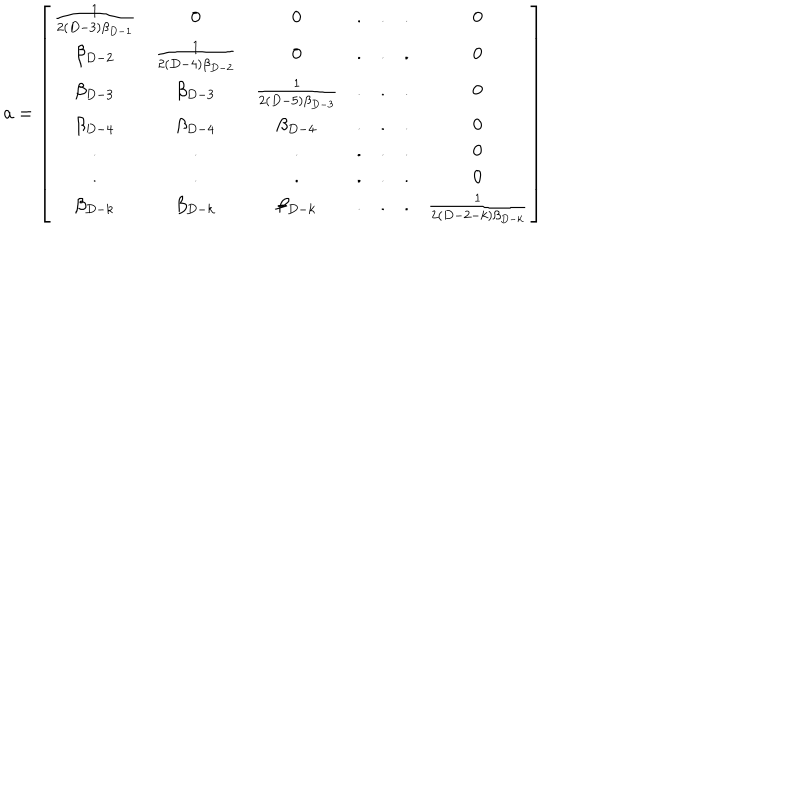
{ \bf a } = \left[ \begin{array} { c c c c c c c } { { \frac { 1 } { 2 ( D - 3 ) \beta _ { D - 1 } } } } & { { 0 } } & { { 0 } } & { { . } } & { { . } } & { { . } } & { { 0 } } \\ { { \beta _ { D - 2 } } } & { { \frac { 1 } { 2 ( D - 4 ) \beta _ { D - 2 } } } } & { { 0 } } & { { . } } & { { . } } & { { . } } & { { 0 } } \\ { { \beta _ { D - 3 } } } & { { \beta _ { D - 3 } } } & { { \frac { 1 } { 2 ( D - 5 ) \beta _ { D - 3 } } } } & { { . } } & { { . } } & { { . } } & { { 0 } } \\ { { \beta _ { D - 4 } } } & { { \beta _ { D - 4 } } } & { { \beta _ { D - 4 } } } & { { . } } & { { . } } & { { . } } & { { 0 } } \\ { { . } } & { { . } } & { { . } } & { { . } } & { { . } } & { { . } } & { { 0 } } \\ { { . } } & { { . } } & { { . } } & { { . } } & { { . } } & { { . } } & { { 0 } } \\ { { \beta _ { D - k } } } & { { \beta _ { D - k } } } & { { \beta _ { D - k } } } & { { . } } & { { . } } & { { . } } & { { \frac { 1 } { 2 ( D - 2 - k ) \beta _ { D - k } } } } \\ \end{array} \right]